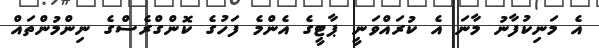
އެ މަނިކުފާނު މާނަ އެ ކުރައްވަނީ ޕާޓީގެ އެންމެ ފަހުގެ ކޮންގްރެސްގެ ނިންމުންތައް